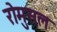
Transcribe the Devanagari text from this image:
रोमुसल